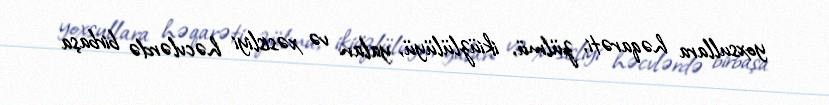
yoxsullara həqarəti, zülmü, ikiüzlülüyü, yalan və xəsisliyi həcvlərdə birbaşa